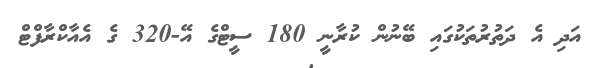
އަދި އެ ދަތުރުތަކުގައި ބޭނުން ކުރާނީ 180 ސީޓްގެ އޭ-320 ގެ އެއާކްރާފްޓް